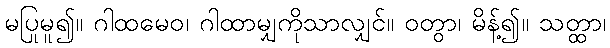
မပြုမူ၍။ ဂါထမေဝ၊ ဂါထာမျှကိုသာလျှင်။ ဝတွာ၊ မိန့်၍။ သတ္ထာ၊